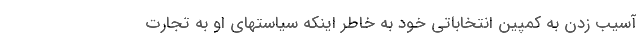
آسیب زدن به کمپین انتخاباتی خود به خاطر اینکه سیاستهای او به تجارت